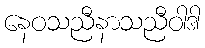
နေဝသညီနာသညီဝါဒါ